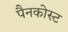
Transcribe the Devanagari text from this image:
पैनकोस्ट